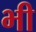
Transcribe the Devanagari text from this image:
भ्‍ाी